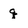
Character: q